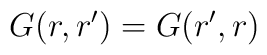
G(r,r^\prime) = G(r^\prime , r)